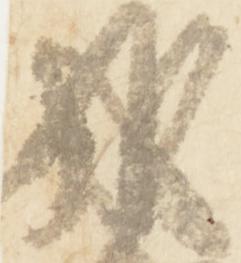
成